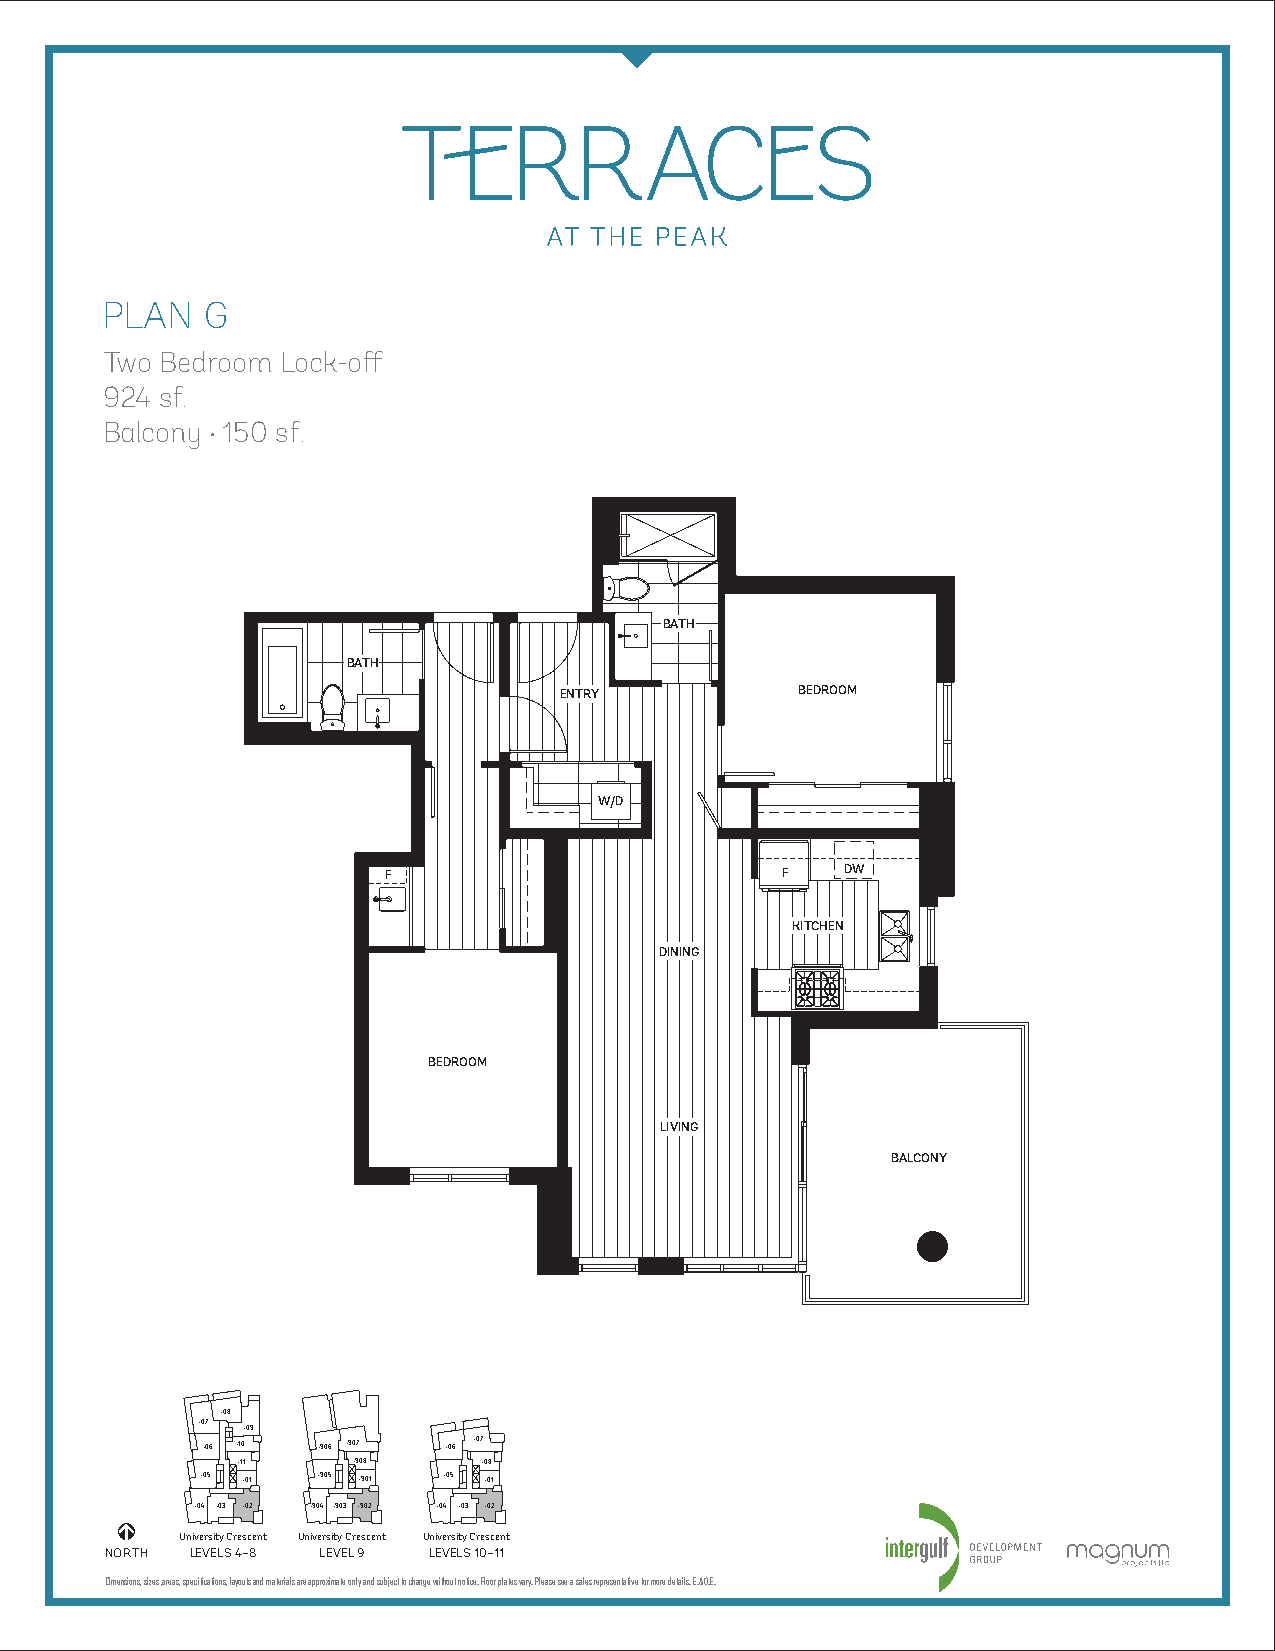
PLAN  G
 Two Bedroom Lock-off
 924 sf.
 Balcony •150 sf.
 BATH
 BATH
 ENTRY           BEDROOM
 W/D
 F                         F   DW
 KITCHEN
 DINING
 BEDROOM
 LIVING
 BALCONY
 –08
 –07
 –09
 –06 –10 –906 –907 –06 –07
 –11    –908     –08
 –05 –01 –905 –901 –05 –01
 –04 –03 –02 –904 –903 –902 –04 –03 –02
 University Crescent University Crescent University Crescent
 NORTH LEVELS 4–8 LEVEL 9 LEVELS 10–11
 Dimensions, sizes, areas, specifications, layouts and materials are approximate only and subject to change without notice. Floor plates vary. Please see a sales representative for more details. E.&O.E.